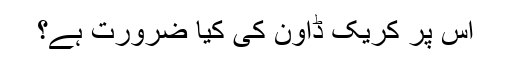
اس پر کریک ڈاون کی کیا ضرورت ہے؟